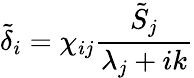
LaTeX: \tilde{\delta}_{i}=\chi_{ij}\frac{\tilde{S}_{j}}{\lambda_{j}+ik}